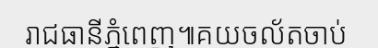
រាជធានីភ្នំពេញ៕គយចល័តចាប់